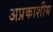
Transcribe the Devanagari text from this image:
अप्रकाशीय